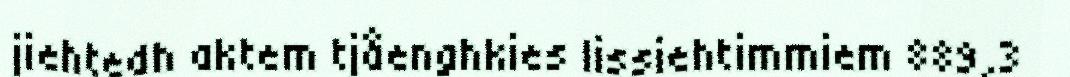
jiehtedh aktem tjåenghkies lissiehtimmiem 889,3